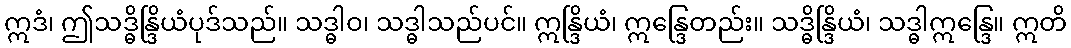
ဣဒံ၊ ဤသဒ္ဓိန္ဒြိယံပုဒ်သည်။ သဒ္ဓါဝ၊ သဒ္ဓါသည်ပင်။ ဣန္ဒြိယံ၊ ဣန္ဒြေတည်း။ သဒ္ဓိန္ဒြိယံ၊ သဒ္ဓါဣန္ဒြေ။ ဣတိ